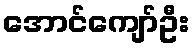
အောင်ကျော်ဦး